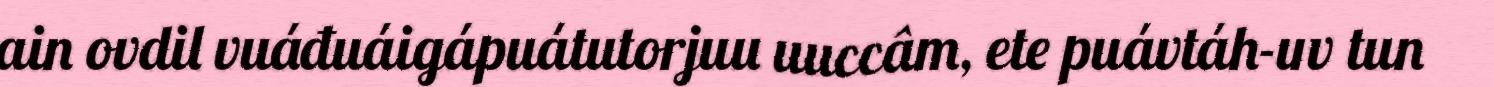
ain ovdil vuáđuáigápuátutorjuu uuccâm, ete puávtáh-uv tun